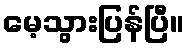
မေ့သွားပြန်ပြီ။